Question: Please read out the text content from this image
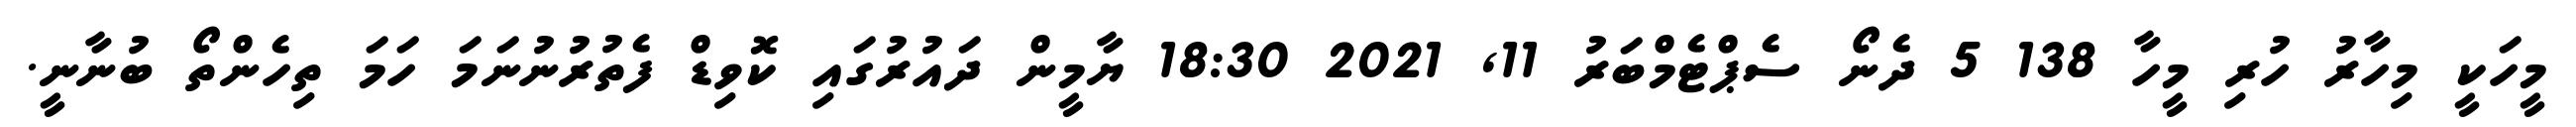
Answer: މީހަކީ މިހާރު ހުރި މީހާ 138 5 ދެނޯ ސެޕްޓެމްބަރު 11, 2021 18:30 ޔާމީން ދައުރުގައި ކޮވިޑް ފެތުރުނުނަމަ ހަމަ ތިހެންތޯ ބުނާނީ.